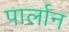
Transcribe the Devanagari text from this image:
पार्लान